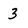
Character: 3